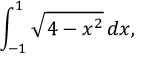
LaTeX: \int _ { - 1 } ^ { 1 } { \sqrt { 4 - x ^ { 2 } } } \, d x ,